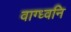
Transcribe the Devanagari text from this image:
वाग्ध्वनि